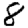
Digit: 8